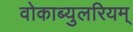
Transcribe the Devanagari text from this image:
वोकाब्युलरियम्